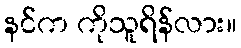
နင်က ကိုသူရိန်လား။